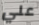
علي